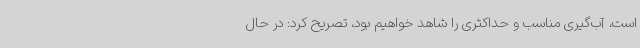
است، آب‌گیری مناسب و حداکثری را شاهد خواهیم بود، تصریح کرد: در حال